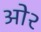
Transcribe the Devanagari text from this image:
ओ२